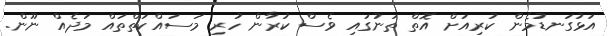
އަޅުގަނޑުމެން ކުރިއަށް އޮތް ތަނުގައި ވެސް ކުރާން ހުރި މަސައްކަތްތައް މަދެއް ނޫން.